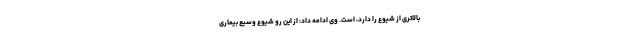
بالاتری از شیوع را دارد، است. وی ادامه داد: از این رو شیوع وسیع بیماری